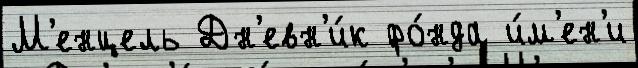
М'енцель Дн'евн'и́к фо́нда и́м'ен'и